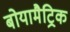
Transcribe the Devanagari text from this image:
बोयामैट्रिक